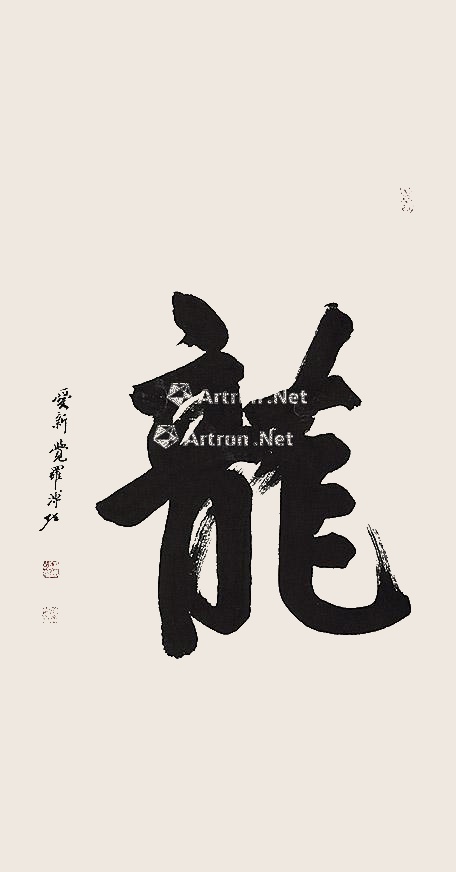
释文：龙爱新觉罗溥佐